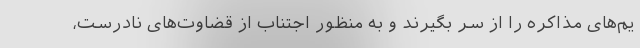
یم‌های مذاکره را از سر بگیرند و به منظور اجتناب از قضاوت‌های نادرست،